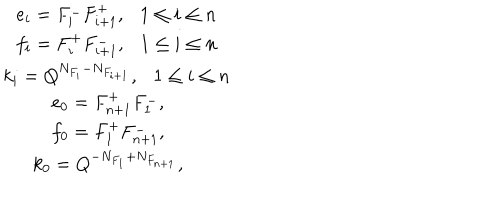
\begin{array} { c } { { e _ { i } = F _ { i } ^ { - } F _ { i + 1 } ^ { + } , 1 \le i \le n } } \\ { { f _ { i } = F _ { i } ^ { + } F _ { i + 1 } ^ { - } , 1 \le i \le n } } \\ { { k _ { i } = Q ^ { N _ { F _ { i } } - N _ { F _ { i + 1 } } } , 1 \le i \le n } } \\ { { e _ { 0 } = F _ { n + 1 } ^ { + } F _ { 1 } ^ { - } , } } \\ { { f _ { 0 } = F _ { 1 } ^ { + } F _ { n + 1 } ^ { - } , } } \\ { { k _ { 0 } = Q ^ { - N _ { F _ { 1 } } + N _ { F _ { n + 1 } } } , } } \\ \end{array}